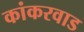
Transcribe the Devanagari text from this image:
कांकरवाड